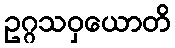
ဥဂ္ဂသဝှယောတိ